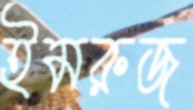
ইমরুজ